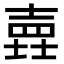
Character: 𡐎